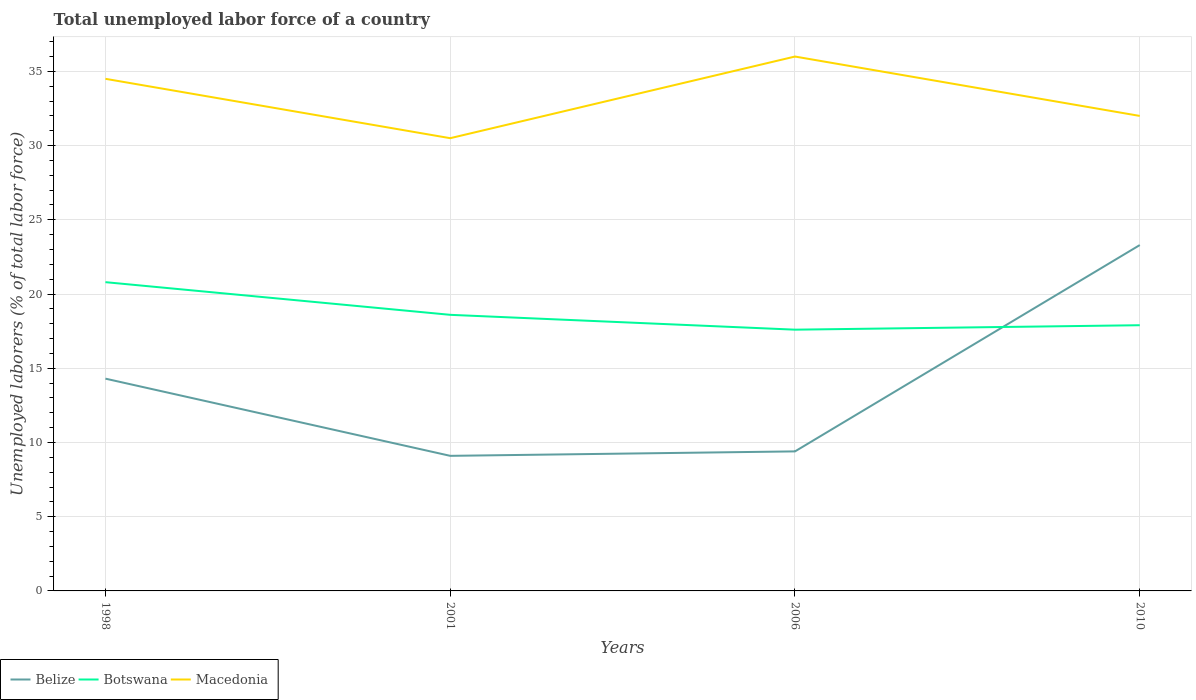
| Years | Belize | Botswana | Macedonia |
 | --- | --- | --- | --- |
 | 1998 | 14.3 | 20.8 | 34.5 |
 | 2001 | 9.1 | 18.6 | 30.5 |
 | 2006 | 9.4 | 17.6 | 36 |
 | 2010 | 23.3 | 17.9 | 32 |